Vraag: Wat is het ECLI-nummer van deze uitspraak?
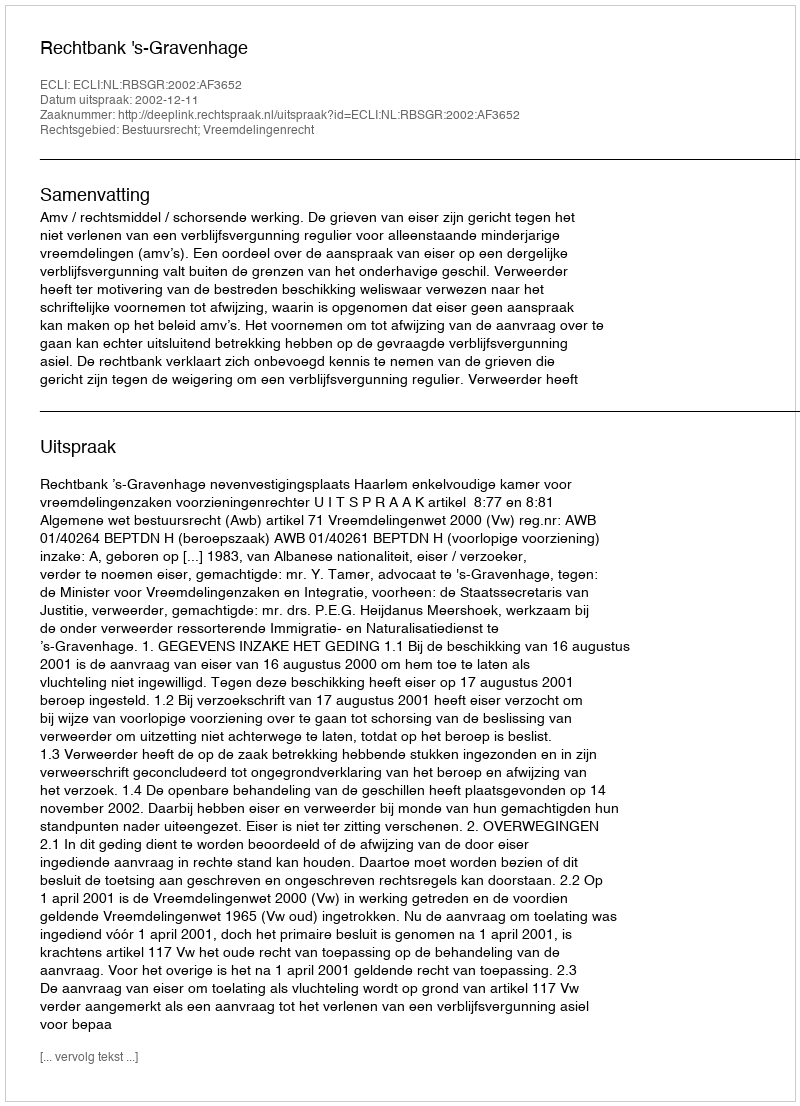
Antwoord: ECLI:NL:RBSGR:2002:AF3652